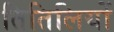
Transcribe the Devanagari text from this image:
तितिलियों